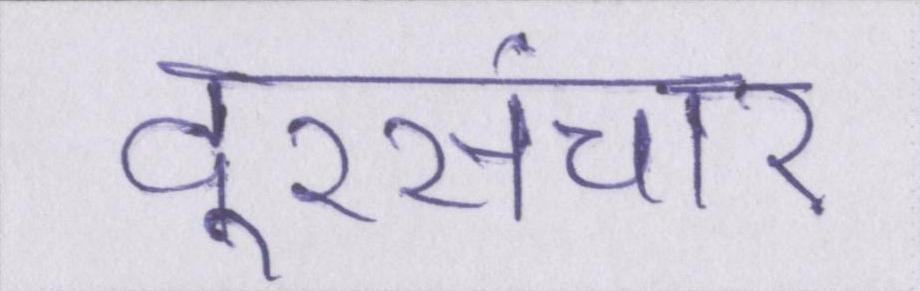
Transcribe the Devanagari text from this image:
दूरसंचार